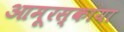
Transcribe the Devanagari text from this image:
आमूरस्काया